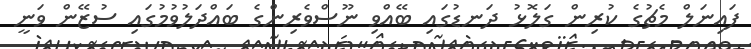
ފައިނަލް މެޗުގެ ކުރިން ގަލޮޅު ދަނޑުގައި ބޭއްވި ނޫސްވެރިންގެ ބައްދަލުވުމުގައި ސުޒޭން ވަނީ